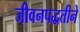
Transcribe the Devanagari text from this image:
जीवनपद्धतीने